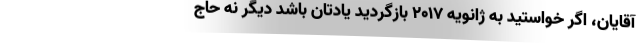
آقایان، اگر خواستید به ژانویه ۲۰۱۷ بازگردید یادتان باشد دیگر نه حاج